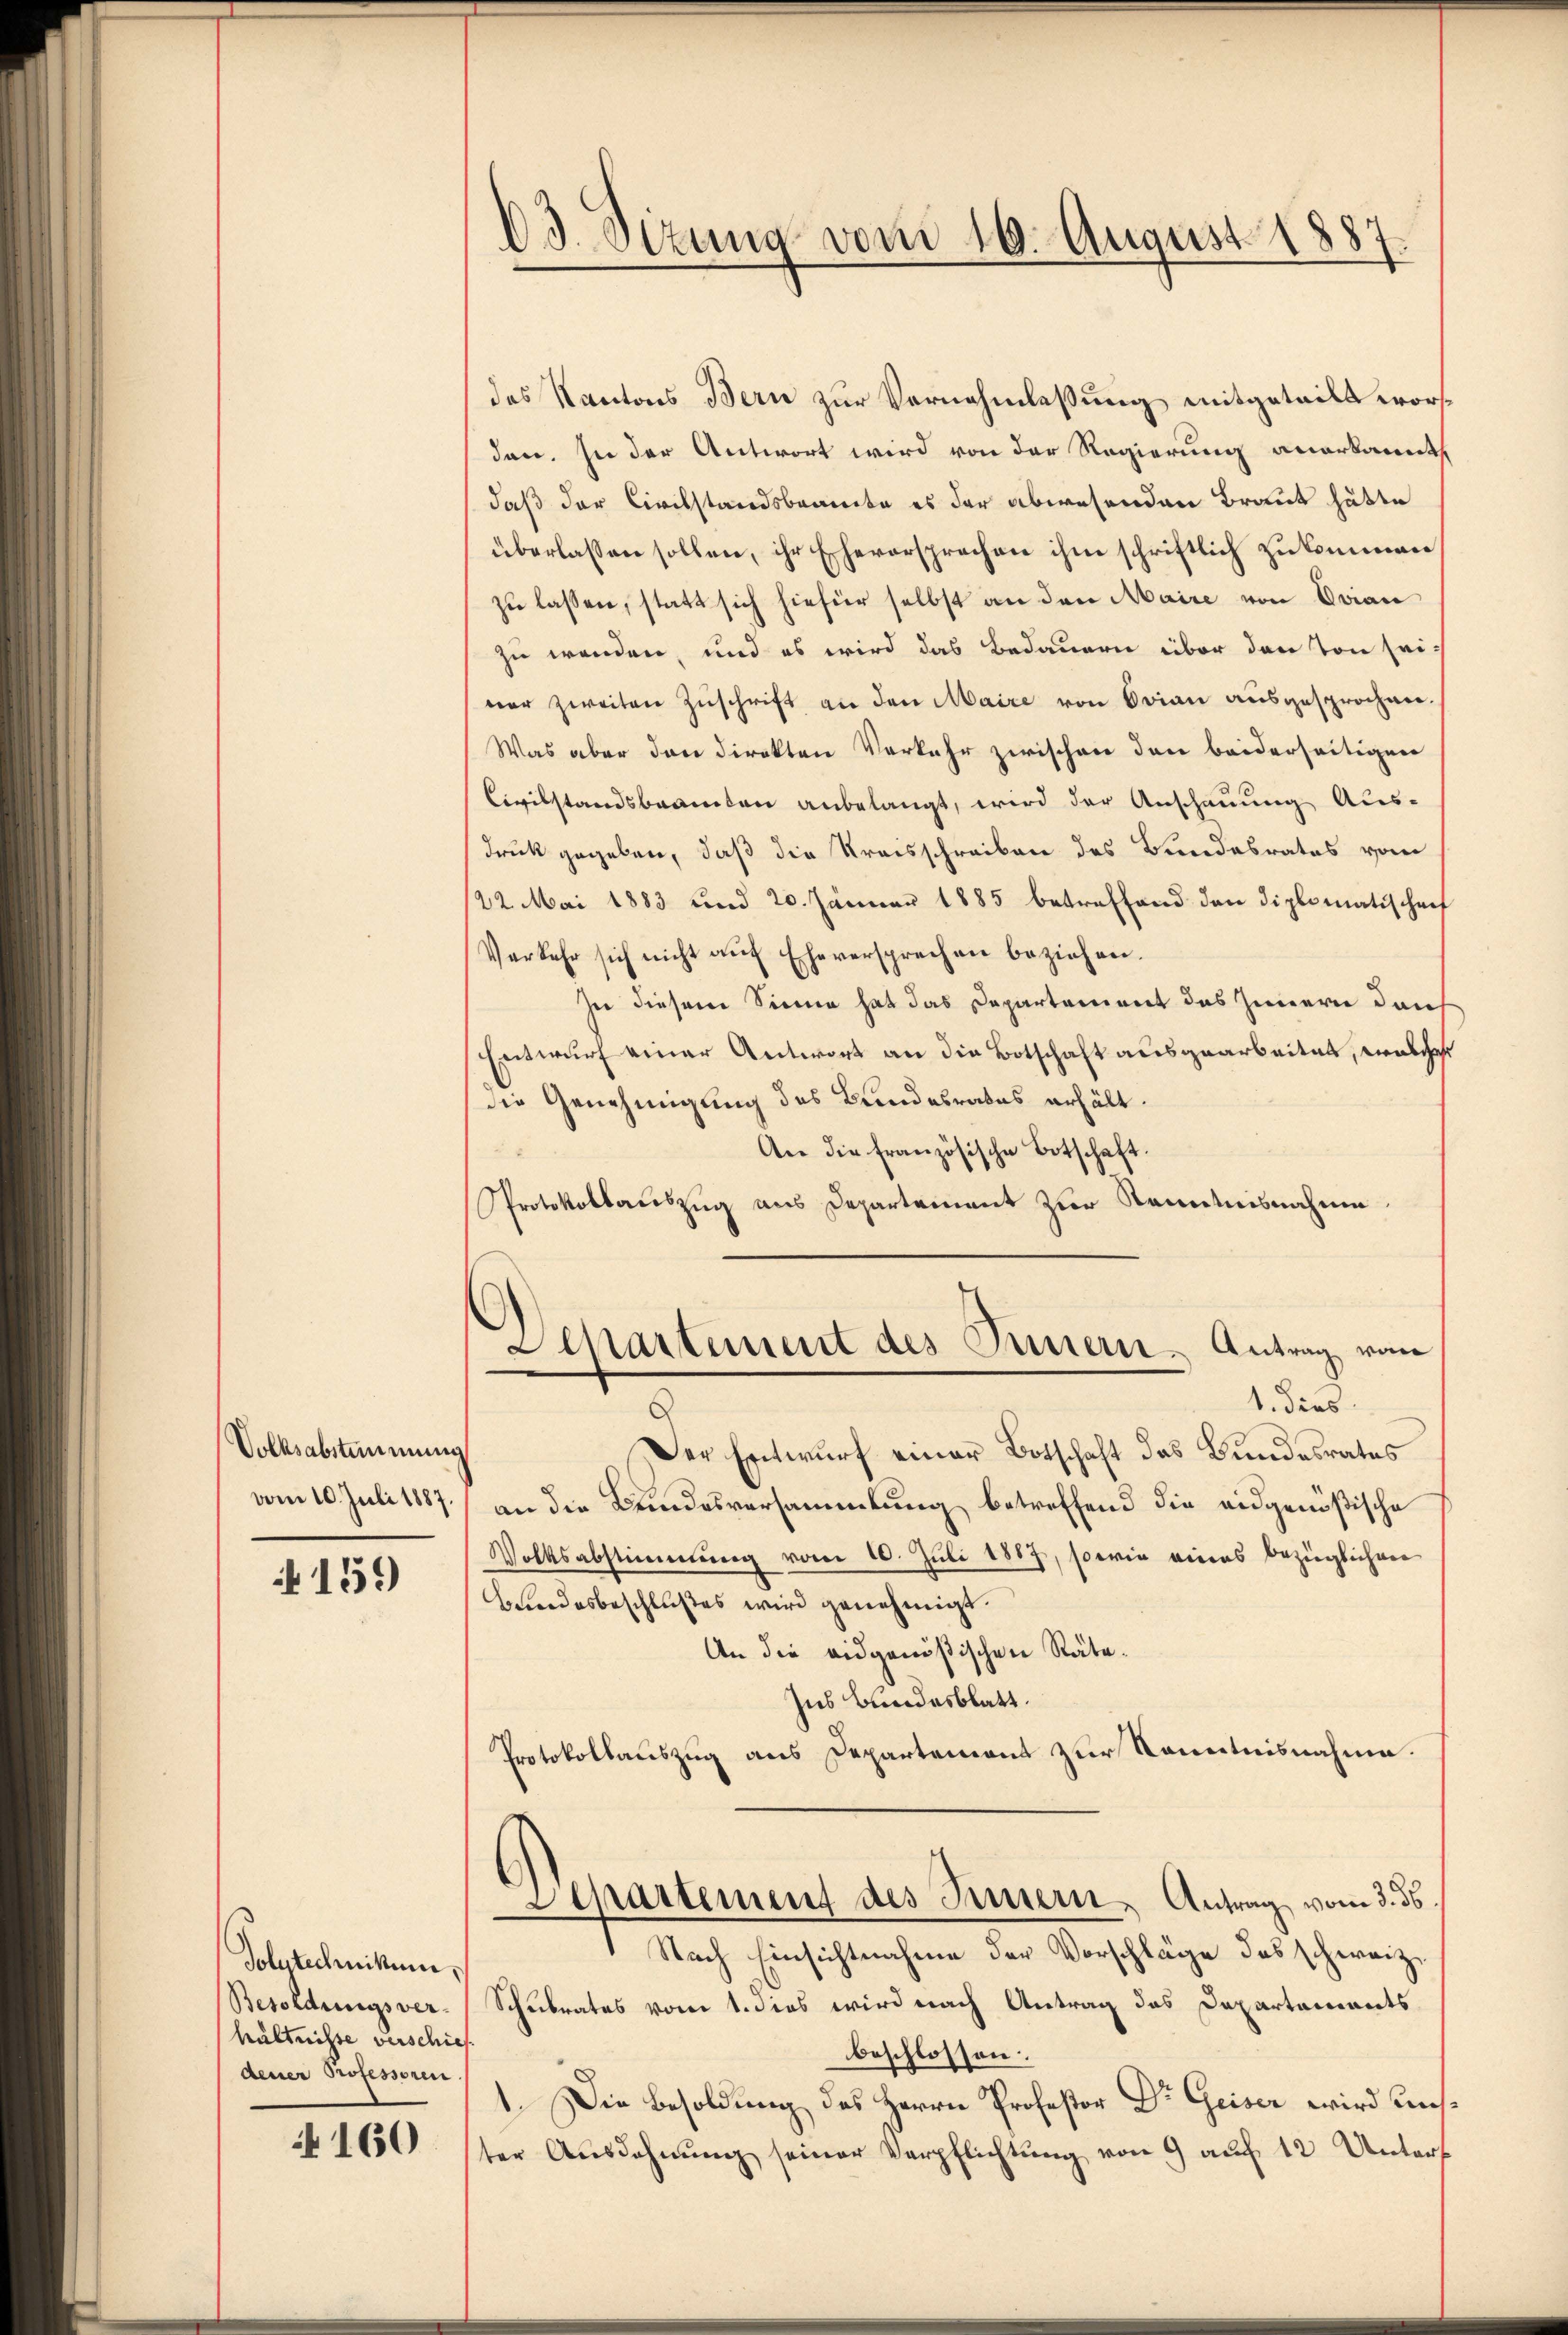
Volksabstimmung
vom 10. Juli 1887.

159

Polutechnikum,
Besoldungsver-
hältnisse verschies
dener Professoren

160

13. Sizung vom 16. August 1887.

des Kantons Bern zur Vernehmlassung mitgeteilt worden. In der Antwort wird von der Regierung anerkannt
daß der Civilstandsbeamte es der abwesenden Braut hätte
überlassen sollen, ihr Eheversprechen ihm schriftlich zukommen
zu lassen, statt sich hiefür selbst an den Maire von Evian
zu wenden, und es wird das Bedauern über den von sei-
ner zweiten Zŭschrift an den Maire von Orian ausgesprochen.
Was aber den direkten Vorkehr zwischen den beiderseitigen
Civilstandsbeamten anbelangt, wird der Anschauung Aus-
druck gegeben, daß die Kreisschreiben des Bundesrates vom
22. Mai 1883 und 20. Jänner 1885 betreffend den Diplomatischaf
Verkehr sich nicht aŭf Eheversprechen beziehen.
zu diesem Sinne hat das Departement des Innern durch
Entwurf einer Antwort an die Botschaft ausgearbeitet, welches
die Genehmigung des Bundesrates erhält.
An die französische Botschaft.
Protokollauszug aus Departement zur Kenntnisnahme
Departement des Innern Antrag von
1. dies
Der Entwurf einer Botschaft das Bundesrates
an die Bundesversammlung betreffend die eidgenößische
Volksabstimmung vom 10. Juli 1887, sowie eines bezüglichen
Bundesbeschlußes wird genehmigt.
An die eidgenößischen Räte¬
Ins Bundesblatt.
Protokollauszug aus Departement zur Kenntnisnahme.
Separtement des Innern, Antrag vom 3. ds.
Nach Einsichtnahme der Vorschläge des schweiz.
Schulrates vom 1. dies wird nach Antrag des Departements
beschlossen:
1. Die Besoldung des Herrn Professor Dr Geiser wird unster Aŭsdahnŭng seiner Verpflichtŭng von 9 aŭf 12 Unters